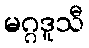
မဂ္ဂဒူသီ